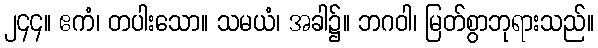
၂၄၄။ ဧကံ၊ တပါးသော။ သမယံ၊ အခါ၌။ ဘဂဝါ၊ မြတ်စွာဘုရားသည်။